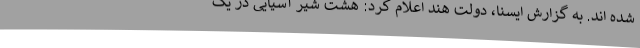
شده اند. به گزارش ایسنا، دولت هند اعلام کرد: هشت شیر آسیایی در یک